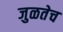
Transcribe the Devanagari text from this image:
जुळतेच